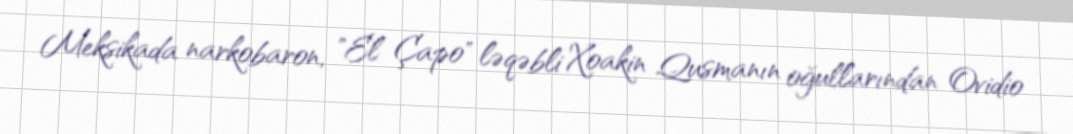
Meksikada narkobaron, "El Çapo" ləqəbli Xoakin Qusmanın oğullarından Ovidio